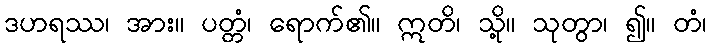
ဒဟရဿ၊ အား။ ပတ္တံ၊ ရောက်၏။ ဣတိ၊ သို့။ သုတွာ၊ ၍။ တံ၊